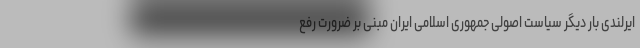
ایرلندی بار دیگر سیاست اصولی جمهوری اسلامی ایران مبنی بر ضرورت رفع